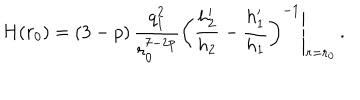
H ( r _ { 0 } ) = ( 3 - p ) \, \frac { q _ { 1 } ^ { 2 } } { r _ { 0 } ^ { 7 - 2 p } } \left( \frac { h _ { 2 } ^ { \prime } } { h _ { 2 } } - \frac { h _ { 1 } ^ { \prime } } { h _ { 1 } } \right) ^ { - 1 } \Bigg \vert _ { r = r _ { 0 } } \, .